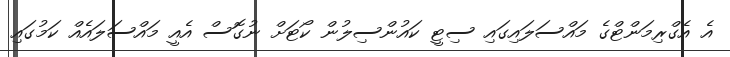
އެ އެގްރިމަންޓްގެ މައްސަލައިގައި ސިޓީ ކައުންސިލުން ކޯޓަށް ނުގޮސް އެއީ މައްސަލައެއް ކަމުގައި